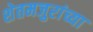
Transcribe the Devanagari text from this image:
शेतमजुरांच्या